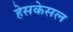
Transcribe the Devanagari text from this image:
हेसकेसल